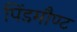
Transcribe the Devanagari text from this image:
पिंडमौण्ट